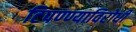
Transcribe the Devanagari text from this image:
टिपण्ण्याविरोधी